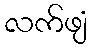
လက်ဖျံ